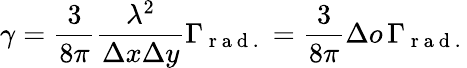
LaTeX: \gamma=\frac{3}{8\pi}\frac{\lambda^{2}}{\Delta x\Delta y}\Gamma_{\mathrm{~r~a~d~.~}}=\frac{3}{8\pi}\Delta o\, \Gamma_{\mathrm{~r~a~d~.~}}